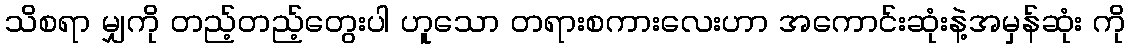
သိစရာ မျှကို တည့်တည့်တွေးပါ ဟူသော တရားစကားလေးဟာ အကောင်းဆုံးနဲ့အမှန်ဆုံး ကို